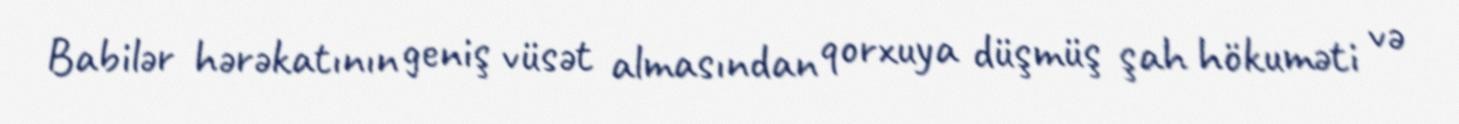
Babilər hərəkatının geniş vüsət almasından qorxuya düşmüş şah hökuməti və